Vaccination in the Punjab 1883-1896 - 1883-1896
Year: 1883
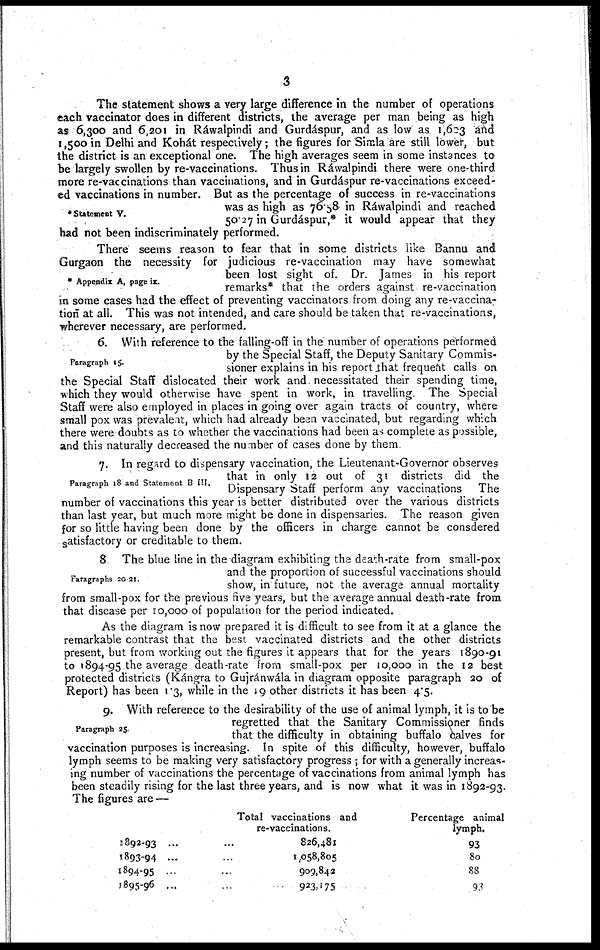
3
Statement V.
The statement shows a very large difference in the number of operations
each vaccinator does in different districts, the average per man being as high
as 6,300 and 6,201 in Ráwalpindi and Gurdáspur, and as low as 1,603 and
1,500 in Delhi and Kohát respectively; the figures for Simla are still lower, but
the district is an exceptional one. The high averages seem in some instances to
be largely swollen by re-vaccinations. Thus in Ráwalpindi there were one-third
more re-vaccinations than vaccinations, and in Gurdáspur re-vaccinations exceed-
ed vaccinations in number. But as the percentage of success in re-vaccinations
was as high as 76.58 in Ráwalpindi and reached
50.27 in Gurdáspur,* it would appear that they
had not been indiscriminately performed.
* Appendix A, page ix.
There seems reason to fear that in some districts like Bannu and
Gurgaon the necessity for judicious re-vaccination may have somewhat
been lost sight of. Dr. James in his report
remarks* that the orders against re-vaccination
in some cases had the effect of preventing vaccinators from doing any re-vaccina-
tion at all. This was not intended, and care should be taken that re-vaccinations,
wherever necessary, are performed.
Paragraph 15.
6. With reference to the falling-off in the number of operations performed
by the Special Staff, the Deputy Sanitary Commis-
sioner explains in his report that frequent calls on
the Special Staff dislocated their work and necessitated their spending time,
which they would otherwise have spent in work, in travelling. The Special
Staff were also employed in places in going over again tracts of country, where
small pox was prevalent, which had already been vaccinated, but regarding which
there were doubts as to whether the vaccinations had been as complete as possible,
and this naturally decreased the number of cases done by them.
Paragraph 18 and Statement B III.
7. In regard to dispensary vaccination, the Lieutenant-Governor observes
that in only 12 out of 31 districts did the
Dispensary Staff perform any vaccinations The
number of vaccinations this year is better distributed over the various districts
than last year, but much more might be done in dispensaries. The reason given
for so little having been done by the officers in charge cannot be consdered
satisfactory or creditable to them.
Paragraphs 20.21.
8. The blue line in the diagram exhibiting the death-rate from small-pox
and the proportion of successful vaccinations should
show, in future, not the average annual mortality
from small-pox for the previous five years, but the average annual death-rate from
that disease per 10,000 of population for the period indicated.
As the diagram is now prepared it is difficult to see from it at a glance the
remarkable contrast that the best vaccinated districts and the other districts
present, but from working out the figures it appears that for the years 1890-91
to 1894-95 the average death-rate from small-pox per 10,000 in the 12 best
protected districts (Kángra to Gujránwála in diagram opposite paragraph 20 of
Report) has been 1.3, while in the 19 other districts it has been 4.5.
Paragraph 25.
9. With reference to the desirability of the use of animal lymph, it is to be
regretted that the Sanitary Commissioner finds
that the difficulty in obtaining buffalo calves for
vaccination purposes is increasing. In spite of this difficulty, however, buffalo
lymph seems to be making very satisfactory progress ; for with a generally increas-
ing number of vaccinations the percentage of vaccinations from animal lymph has
been steadily rising for the last three years, and is now what it was in 1892-93.
The figures are —
1892-93 ... ...
1893-94 ... ...
1894-95 ... ...
1895-96 ... ...
Total vaccinations and
re-vaccinations.
826,481
1,058,805
909,842
923,175
Percentage animal
lymph.
93
80
88
93